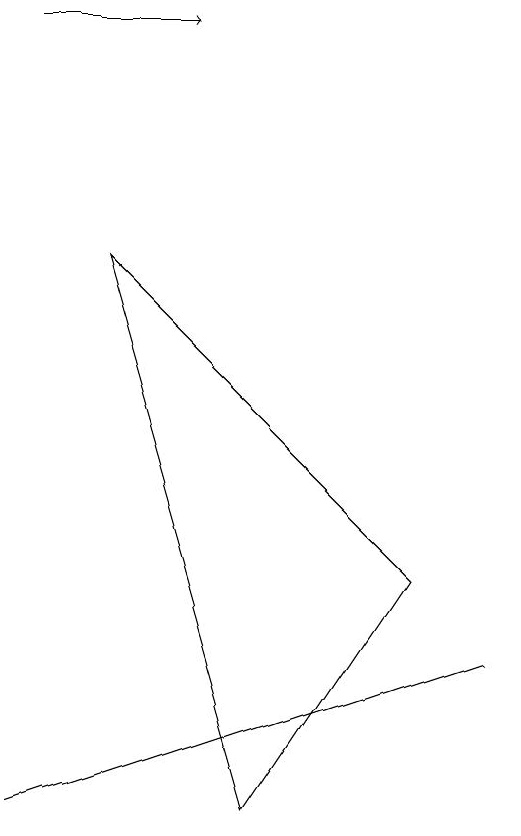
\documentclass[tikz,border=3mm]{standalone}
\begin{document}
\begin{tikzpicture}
\draw (3,2) -- (3,2) -- (9,4) -- cycle;
\draw[->] (3,12) -- (5,12);
\draw (4,9) -- (8,5) -- (6,2) -- cycle;
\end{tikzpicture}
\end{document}